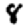
Digit: 8